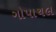
ગોપાચલ